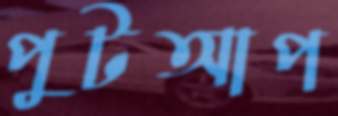
পুটআপ